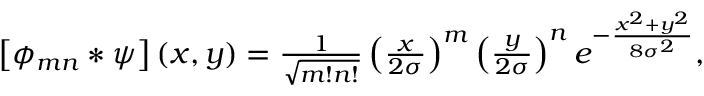
\begin{array} { r } { \left[ \phi _ { m n } * \psi \right] ( x , y ) = \frac { 1 } { \sqrt { m ! n ! } } \left( \frac { x } { 2 \sigma } \right) ^ { m } \left( \frac { y } { 2 \sigma } \right) ^ { n } e ^ { - \frac { x ^ { 2 } + y ^ { 2 } } { 8 \sigma ^ { 2 } } } , } \end{array}